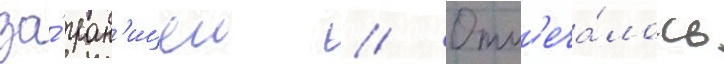
за́ гран'ицеи // Отм'еча́лось